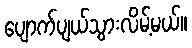
ပျောက်ပျယ်သွားလိမ့်မယ်။